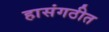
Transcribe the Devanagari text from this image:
हासंगठीत